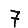
Digit: 7